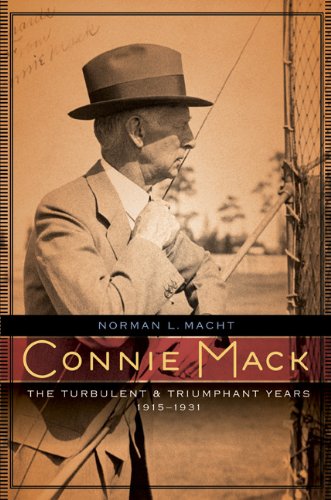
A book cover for Connie Mack: The Turbulent and Triumphant Years, 1915-1931; Norman L. Macht; Biographies & Memoirs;